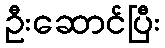
ဦးဆောင်ပြီး